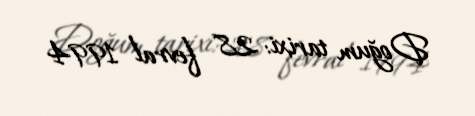
Doğum tarixi: 28 fevral 1994